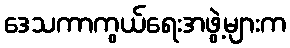
ဒေသကာကွယ်ရေးအဖွဲ့များက